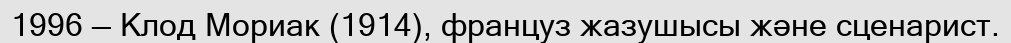
1996 — Клод Мориак (1914), француз жазушысы және сценарист.